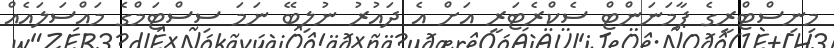
މިނިސްޓްރީގެ ޕާމަނަންޓް ސެކްރެޓަރީ އަށް އެ ދައުރު ނުލިބޭ ނަމަ ސިސްޓަމްގެ މައްސަލައެއް